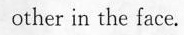
other in the face.